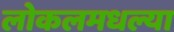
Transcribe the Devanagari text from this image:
लोकलमधल्या